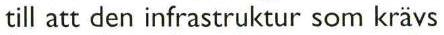
till att den infrastruktur som krävs